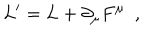
LaTeX: L ^ { \prime } = L + \partial _ { \mu } F ^ { \mu } \, \, \, ,